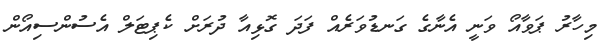
މިހާރު ޕަވާއޯ ވަނީ އެނާގެ ގަނޑުވަރެއް ފަދަ ގޮޅިއާ ދުރަށް ކެޕިޓަލް އެސުންސިއޯން